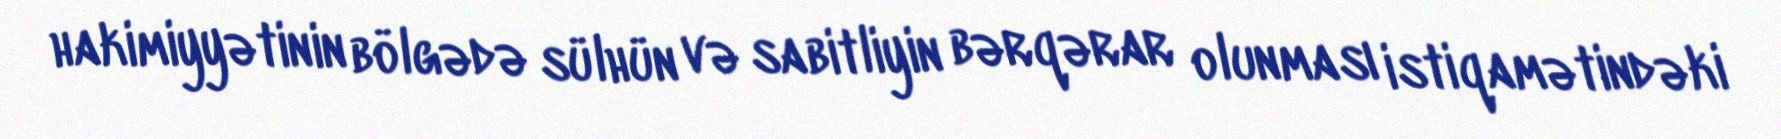
hakimiyyətinin bölgədə sülhün və sabitliyin bərqərar olunması istiqamətindəki